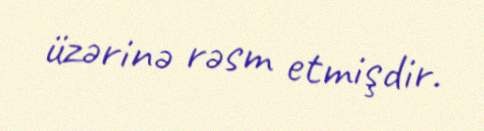
üzərinə rəsm etmişdir.